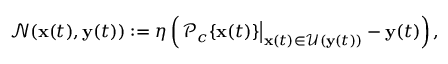
\mathcal { N } ( \mathbf { x } ( t ) , \mathbf { y } ( t ) ) : = \eta \left( \left. \mathcal { P } _ { c } \{ \mathbf { x } ( t ) \} \right| _ { \mathbf { x } ( t ) \in \mathcal { U } ( \mathbf { y } ( t ) ) } - \mathbf { y } ( t ) \right) ,